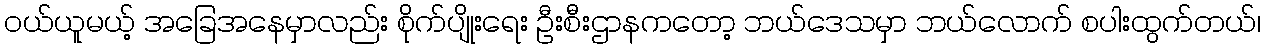
ဝယ်ယူမယ့် အခြေအနေမှာလည်း စိုက်ပျိုးရေး ဦးစီးဌာနကတော့ ဘယ်ဒေသမှာ ဘယ်လောက် စပါးထွက်တယ်၊